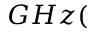
G H z (